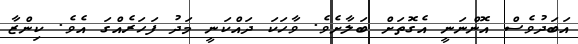
އަބަދުވެސް އޮންނަނީ އެގޮތަށް ބަލާށެވެ. ވާހަކަ ދައްކަނީ މަދު ފަހަރެއްގަ އެވެ. ކިންޒާ